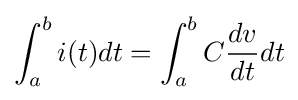
\int _{a}^{b}i(t)dt=\int _{a}^{b}C{\frac {dv}{dt}}dt